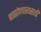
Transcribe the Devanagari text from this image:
बाह्योपचारासाठी